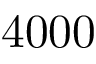
4 0 0 0